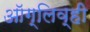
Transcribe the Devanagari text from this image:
ऑग्लिव्ही